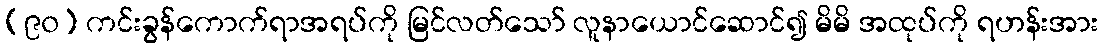
(၉၀) ကင်းခွန်ကောက်ရာအရပ်ကို မြင်လတ်သော် လူနာယောင်ဆောင်၍ မိမိ အထုပ်ကို ရဟန်းအား